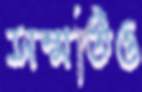
সম্মতিও